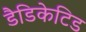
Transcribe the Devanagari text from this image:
डैडिकेटिड